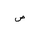
Letter: _sad